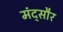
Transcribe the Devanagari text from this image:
मंद्सौर